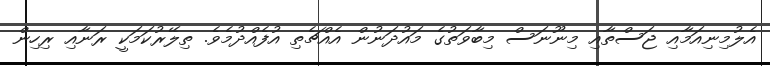
އެލުމިނިއަމާއި ޖަސްތާއި މިނޫނަސް މިބާވަތުގެ މައުދަނުން އެއްޗެތި އުފެއްދުމެވެ. ތިލޭރުކަމަކީ ރަނާއި ރިހިން